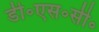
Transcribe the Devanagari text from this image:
डी॰एस॰सी॰